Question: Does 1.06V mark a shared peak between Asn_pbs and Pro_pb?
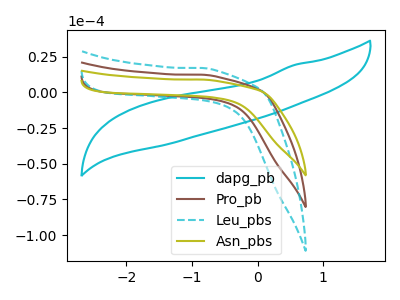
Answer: <think>The cyan curve "dapg_pb" has no peaks. The brown curve "Pro_pb" has no peaks. The cyan dashed curve "Leu_pbs" has no peaks. The olive curve "Asn_pbs" has no peaks.</think>
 <answer>No, "Asn_pbs" and "Pro_pb" dont share a peak at 1.06V.</answer>
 <eval>mismatch</eval>